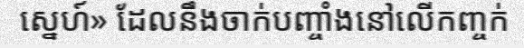
ស្នេហ៍» ដែលនឹងចាក់បញ្ចាំងនៅលើកញ្ចក់